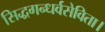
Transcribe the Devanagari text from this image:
सिद्धगन्धर्वसेविता।